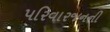
પરિવારજનની